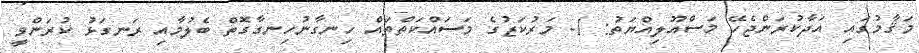
މަޤާމުގައި އަދާކުރަންޖެހޭ މަސްއޫލިއްޔަތު: 1- މަރުކަޒުގެ މަސައްކަތްތައް ހިނގާނުހިނގާގޮތް ބެލުމާއި ރަނގަޅު ކުރަންވީ